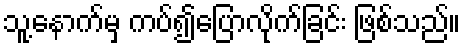
သူ့နောက်မှ ကပ်၍ပြောလိုက်ခြင်း ဖြစ်သည်။